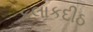
કલાકદીઠ